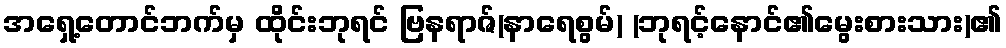
အရှေ့တောင်ဘက်မှ ထိုင်းဘုရင် ဗြနရာဇ်(နာရေစွမ်) (ဘုရင့်နောင်၏မွေးစားသား)၏